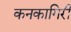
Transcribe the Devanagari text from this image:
कनकागिरी